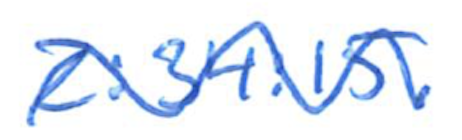
Text: 2:34:15.
Cross-out: wave
Writing tool: ballpoint